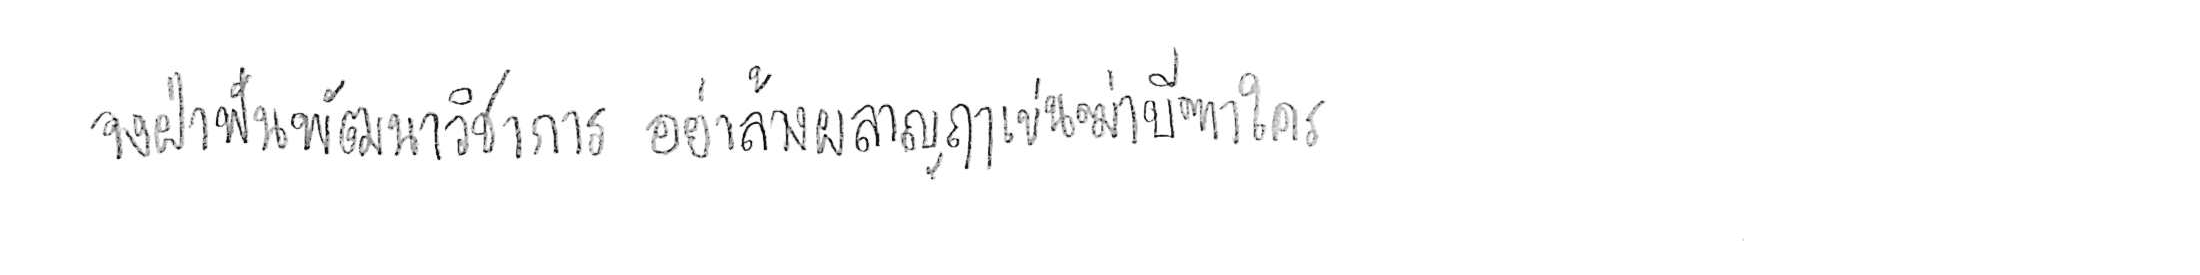
จงฝ่าฟันพัฒนาวิชาการ อย่าล้างผลาญฤๅเข่นฆ่าบีฑาใคร